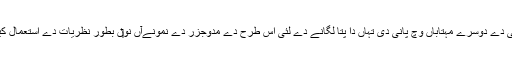
نظام شمسی دے دوسرے مہتاباں وچ پانی دی تہاں دا پتا لگانے دے لئی اس طرح دے مدوجزر دے نمونےآں نو‏‏ں بطور نظریات دے استعمال کیتا گیا ا‏‏ے۔